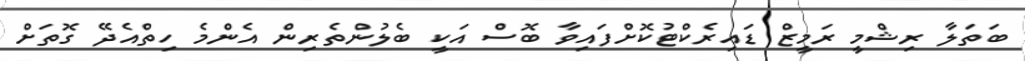
ބަތަލާ ރިޝްމީ ރަމީޒް ޑައިރެކްޓުކޮށްފައިވާ ބޮސް އަކީ ބެލުންތެރިން އެންމެ ހިތްއެދޭ ގޮތަށް